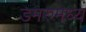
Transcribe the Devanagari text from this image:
डमरुमध्य